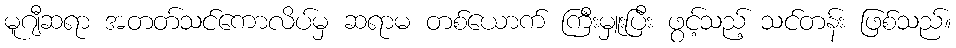
မူဂျီဆရာ အတတ်သင်ကောလိပ်မှ ဆရာမ တစ်ယောက် ကြီးမှူးပြီး ဖွင့်သည့် သင်တန်း ဖြစ်သည်။